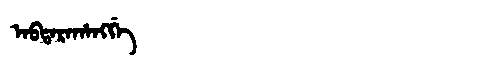
Manchu: ᠠᠪᡨᠠᡵᠠᡥᠠᠩᡤᡝ
Romanization: ABTARAHANGGE